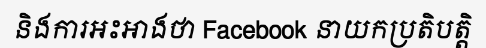
និងការអះអាងថា Facebook នាយកប្រតិបត្តិ